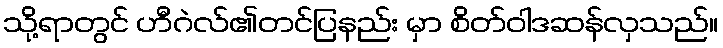
သို့ရာတွင် ဟီဂဲလ်၏တင်ပြနည်း မှာ စိတ်ဝါဒဆန်လှသည်။